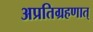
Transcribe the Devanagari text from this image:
अप्रतिग्रहणात्